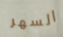
السهر